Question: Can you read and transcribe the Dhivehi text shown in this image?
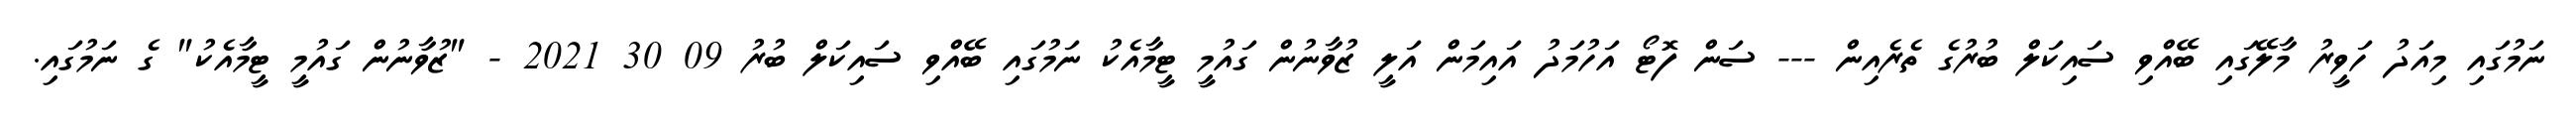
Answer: ނަމުގައި މިއަދު ހަވީރު މާލޭގައި ބޭއްވި ސައިކަލް ބުރުގެ ތެރެއިން --- ސަން ފޮޓޯ އަހުމަދު އައިމަން އަލީ ޒުވާނުން ގައުމީ ޓީމާއެކު ނަމުގައި ބޭއްވި ސައިކަލް ބުރު 09 30 2021 - "ޒުވާނުން ގައުމީ ޓީމާއެކު" ގެ ނަމުގައި.